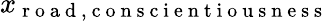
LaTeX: x_{\mathrm{~r~o~a~d~,~c~o~n~s~c~i~e~n~t~i~o~u~s~n~e~s~s~}}